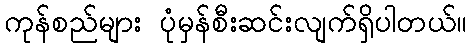
ကုန်စည်များ ပုံမှန်စီးဆင်းလျက်ရှိပါတယ်။